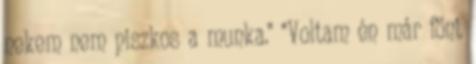
nekem nem piszkos a munka." "Voltam én már fönt